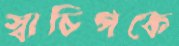
স্বাচিপকে